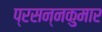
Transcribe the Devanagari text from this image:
प्रसन्‍नकुमार